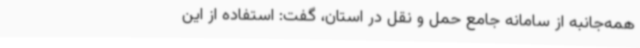
همه‌جانبه از سامانه جامع حمل و نقل در استان، گفت: استفاده از این